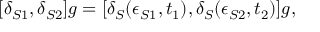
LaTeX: [ \delta _ { S 1 } , \delta _ { S 2 } ] g = [ \delta _ { S } ( \epsilon _ { S 1 } , t _ { 1 } ) , \delta _ { S } ( \epsilon _ { S 2 } , t _ { 2 } ) ] g ,